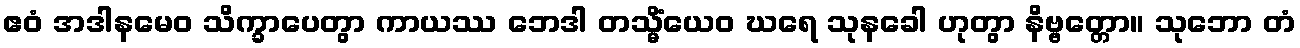
ဧဝံ အဒါနမေဝ သိက္ခာပေတွာ ကာယဿ ဘေဒါ တသ္မိံယေဝ ဃရေ သုနခေါ ဟုတွာ နိဗ္ဗတ္တော။ သုဘော တံ